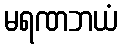
မရဏဘယံ